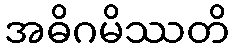
အဓိဂမိဿတိ